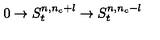
0 \rightarrow S _ { t } ^ { n , n _ { c } + l } \rightarrow S _ { t } ^ { n , n _ { c } - l }